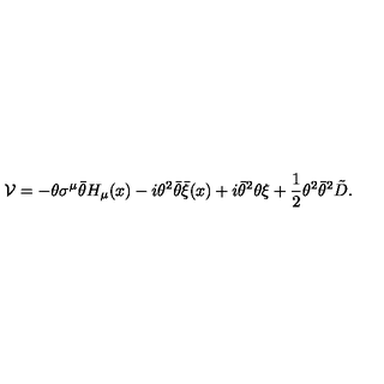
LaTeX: { \cal V } = - \theta \sigma ^ { \mu } \bar { \theta } H _ { \mu } ( x ) - i \theta ^ { 2 } \bar { \theta } \bar { \xi } ( x ) + i \bar { \theta } ^ { 2 } \theta \xi + \frac { 1 } { 2 } \theta ^ { 2 } \bar { \theta } ^ { 2 } \tilde { D } .